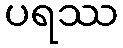
ပရဿ